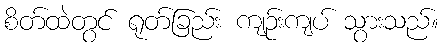
စိတ်ထဲတွင် ရုတ်ခြည်း ကျဉ်းကျပ် သွားသည်။